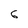
Character: 6